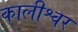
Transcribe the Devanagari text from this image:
कालीश्वर